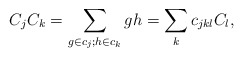
\begin{align*}C_j C_k = \sum\limits_{g \in c_j; h \in c_k} gh = \sum_k c_{jkl} C_l,\end{align*}